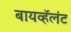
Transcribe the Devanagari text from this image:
बायव्हॅलंट